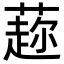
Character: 𦼜